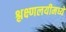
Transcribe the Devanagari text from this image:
श्लक्ष्णलयीमध्यें